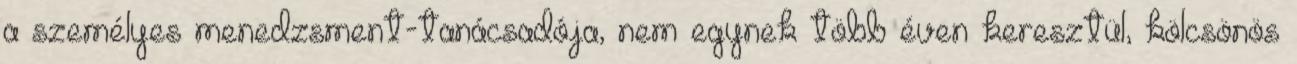
a személyes menedzsment-tanácsadója, nem egynek több éven keresztül, kölcsönös